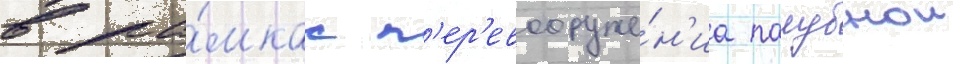
в ра́мках п'ер'евооруже́н'иа палубнои